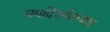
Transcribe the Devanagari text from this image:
मर्यादेपर्यतच्याच